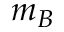
m _ { B }